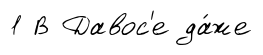
1 В Давос'е да́же